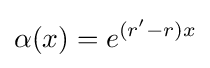
\alpha (x)=e^{(r'-r)x}